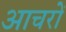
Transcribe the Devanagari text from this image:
आचरों